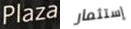
Plaza إستثمار